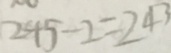
2 4 5 - 2 = 2 4 3